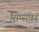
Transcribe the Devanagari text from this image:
सिम्सवर